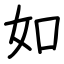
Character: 如